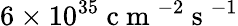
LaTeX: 6\times 10^{35}\mathrm{~c~m~}^{-2}\mathrm{~s~}^{-1}